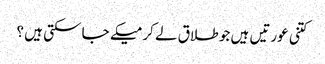
کتنی عورتیں ہیں جو طلاق لے کر میکے جا سکتی ہیں ؟